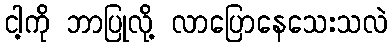
ငါ့ကို ဘာပြုလို့ လာပြောနေသေးသလဲ